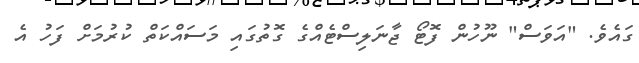
ގައެވެ. "އަވަސް" ނޫހުން ފޮޓޯ ޖާނަލިސްޓެއްގެ ގޮތުގައި މަސައްކަތް ކުރުމަށް ފަހު އެ